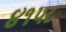
૪૧૫૮